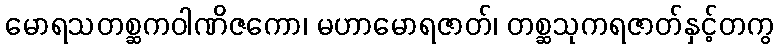
မောရသတစ္ဆကဝါဏိဇကော၊ မဟာမောရဇာတ်၊ တစ္ဆသုကရဇာတ်နှင့်တကွ